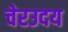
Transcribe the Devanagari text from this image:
चेरउदय